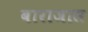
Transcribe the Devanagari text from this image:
बाराजास